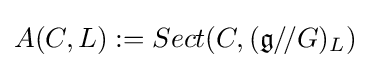
A(C,L):=Sect(C,({\mathfrak {g}}/\!/G)_{L})